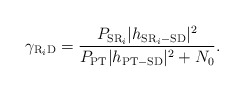
\begin{align*}\gamma_{\mathrm{R}_i\mathrm{D}} = \frac{P_{\mathrm{SR}_i}|h_{\mathrm{SR}_i-\mathrm{SD}}|^2}{P_{\mathrm{PT}}|h_{\mathrm{PT-SD}}|^2 + N_0}.\end{align*}